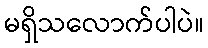
မရှိသလောက်ပါပဲ။